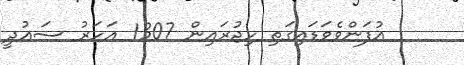
އުފަންވެވަޑައިގަތި ހިޖުރައިން 1307 އަހަރު ސަޢުދީ